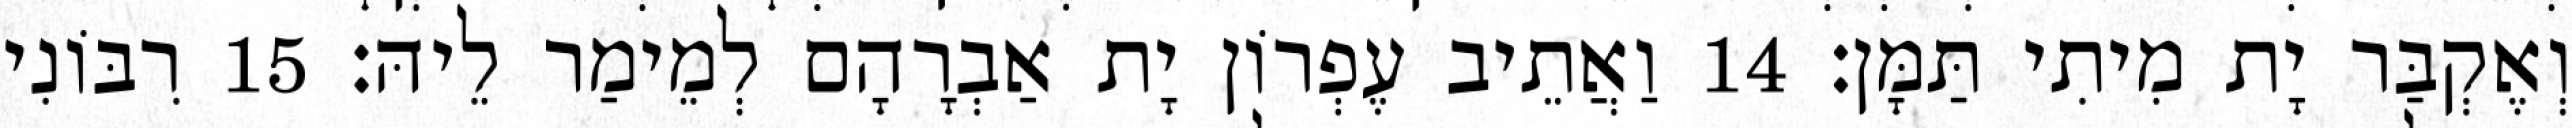
וְאֶקְבַּר יָת מִיתִי תַּמָּן׃ 14 וַאֲתֵיב עֶפְרוֹן יָת אַבְרָהָם לְמֵימַר לֵיהּ׃ 15 רִבּוֹנִי